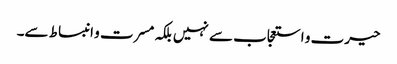
حیرت و استعجاب سے نہیں بلکہ مسرت و انبساط سے۔